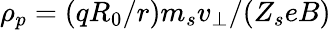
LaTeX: \rho_{p}=(qR_{0}/r)m_{s}v_{\perp}/(Z_{s}eB)